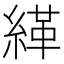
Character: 緙